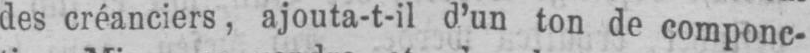
des créanciers, ajouta-t-il d’un ton de componc-